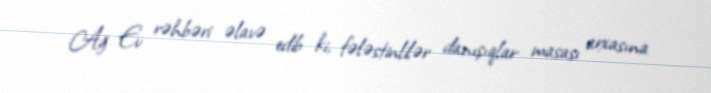
Ağ Ev rəhbəri əlavə edib ki, fələstinlilər danışıqlar masası arxasına